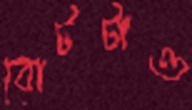
বোটটাও